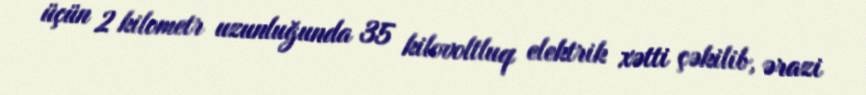
üçün 2 kilometr uzunluğunda 35 kilovoltluq elektrik xətti çəkilib, ərazi